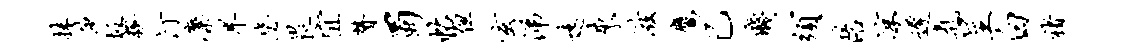
抹莎圾糗汀麋旱毖畏宜赞蜀帖但玄涕远来滋鹰己贱须陪凉迟气呈白褚